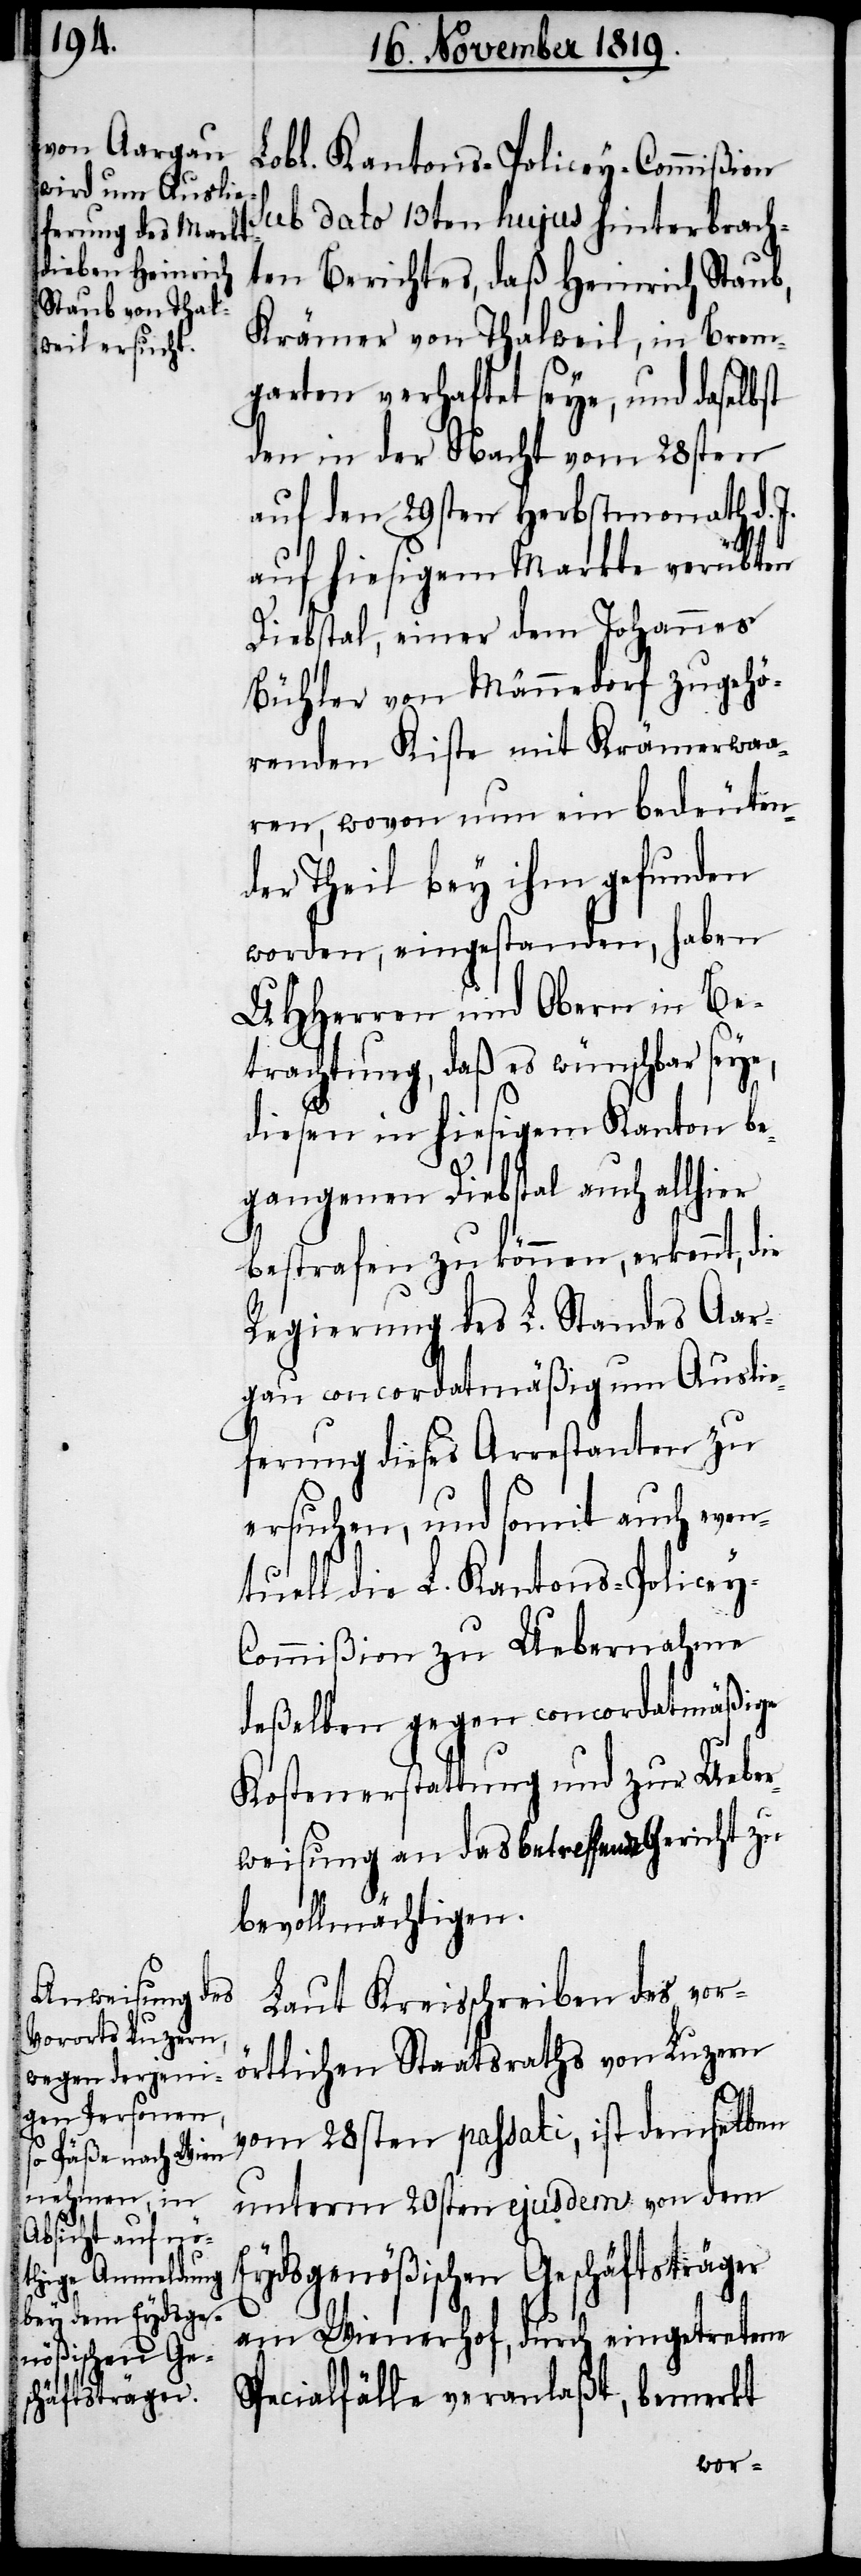
Lobl. Kantons-Policey-Commißion
sub dato 13ten hujus hinterbrach¬
ten Berichtes, daß Heinrich Staub,
Krämer von Thalweil, in Brem¬
garten verhaftet seye, und daselbst
den in der Nacht vom 28sten
auf den 29sten Herbstmonath d. J.
auf hiesigem Markte verübten
Diebstal, einer dem Johannes
Bühler von Männedorf zugehö¬
renden Kiste mit Krämerwaa¬
ren, wovon nun ein bedeuten¬
der Theil bey ihm gefunden
worden, eingestanden, haben
UHHerren und Obern in Be¬
trachtung, daß es wünschbar sey¬
diesen in hiesigem Kanton be¬
gangenen Diebstal auch allhier
bestrafen zu können, erkennt, die
Regierung des L. Standes Aar¬
gau concordatmäßig um Auslie¬
ferung dieses Arrestanten zu
ersuchen, und somit auch even¬
tuell die L. Kantons-Policey-C¬
ommißion zu Uebernahme
deßelben gegen concordatmäßige
Kostenerstattung und zur Ueber¬
weisung an das betreffende Gericht zu
bevollmächtigen.
Laut Kreisschreiben des vor¬
örtlichen Staatsraths von Luzern
e,
vom 28sten passati, ist demselben
unterm 20sten ejusdem von dem
Eydsgenößischen Geschäftsträger
am Wienerhof, durch eingetretene
Specialfälle veranlaßt, bemerkt